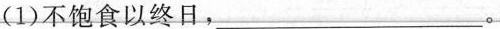
(1)不饱食以终日，___。